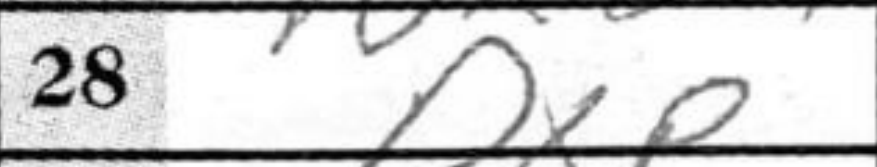
Transcription: PxP